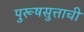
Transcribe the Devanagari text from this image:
पुरूषसुत्ताची